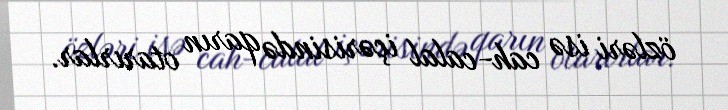
özləri isə cah-calal içərisində qarın otarırlar.